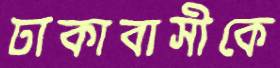
ঢাকাবাসীকে